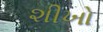
શીખો